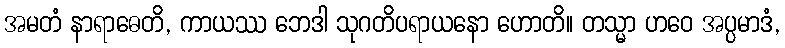
အမတံ နာရာဓေတိ, ကာယဿ ဘေဒါ သုဂတိပရာယနော ဟောတိ။ တသ္မာ ဟဝေ အပ္ပမာဒံ,